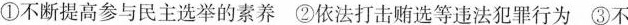
①不断提高参与民主选举的素养②依法打击贿选等违法犯罪行为③不